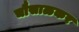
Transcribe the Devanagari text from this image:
चौसाळकर